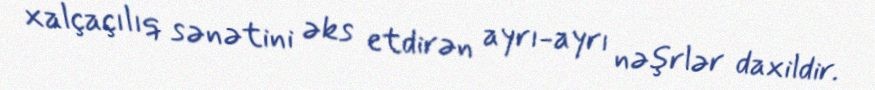
xalçaçılıq sənətini əks etdirən ayrı-ayrı nəşrlər daxildir.